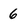
Character: 6